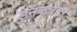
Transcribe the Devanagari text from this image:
इनकुबेटर